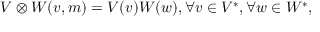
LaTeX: V \otimes W ( v , m ) = V ( v ) W ( w ) , \forall v \in V ^ { * } , \forall w \in W ^ { * } ,